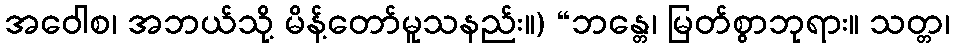
အဝေါစ၊ အဘယ်သို့ မိန့်တော်မူသနည်း။) “ဘန္တေ၊ မြတ်စွာဘုရား။ သတ္တ၊